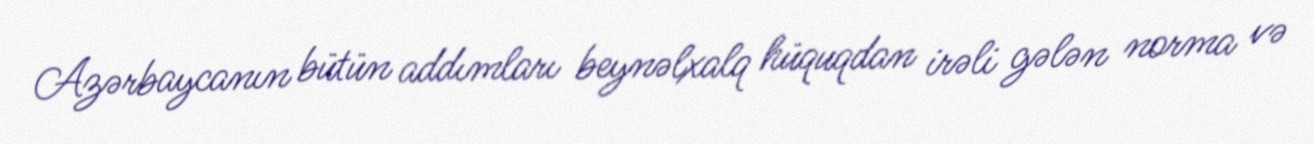
Azərbaycanın bütün addımları beynəlxalq hüquqdan irəli gələn norma və